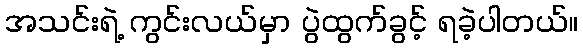
အသင်းရဲ့ ကွင်းလယ်မှာ ပွဲထွက်ခွင့် ရခဲ့ပါတယ်။